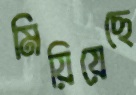
মিয়িয়েছে